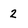
Character: 2